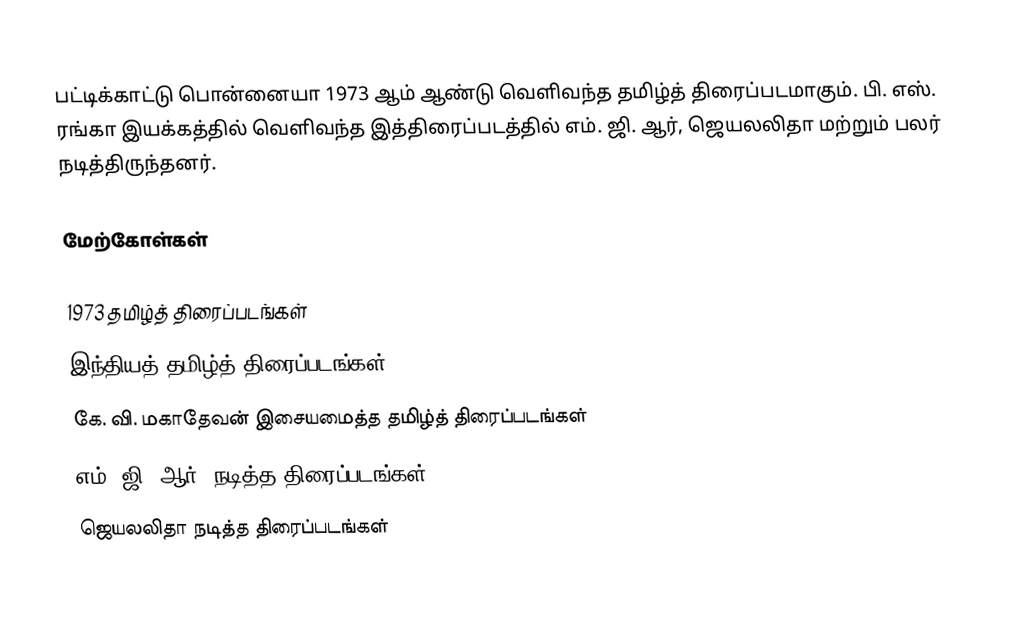
பட்டிக்காட்டு பொன்னையா 1973 ஆம் ஆண்டு வெளிவந்த தமிழ்த் திரைப்படமாகும். பி. எஸ். ரங்கா இயக்கத்தில் வெளிவந்த இத்திரைப்படத்தில் எம். ஜி. ஆர், ஜெயலலிதா மற்றும் பலர் நடித்திருந்தனர்.

மேற்கோள்கள்

1973 தமிழ்த் திரைப்படங்கள்
இந்தியத் தமிழ்த் திரைப்படங்கள்
கே. வி. மகாதேவன் இசையமைத்த தமிழ்த் திரைப்படங்கள்
எம். ஜி. ஆர். நடித்த திரைப்படங்கள்
ஜெயலலிதா நடித்த திரைப்படங்கள்